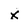
Character: x